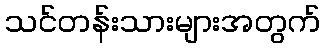
သင်တန်းသားများအတွက်